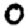
Digit: 0